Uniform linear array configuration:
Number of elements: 8
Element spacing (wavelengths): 0.25
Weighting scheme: exponential
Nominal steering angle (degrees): -45
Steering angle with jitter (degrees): -46.361
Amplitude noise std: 0.05
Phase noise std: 0.05

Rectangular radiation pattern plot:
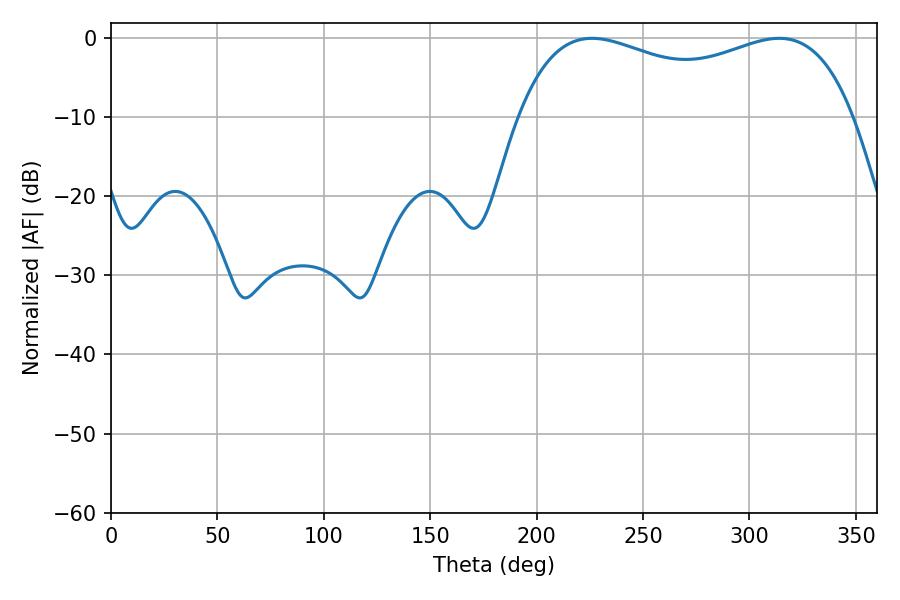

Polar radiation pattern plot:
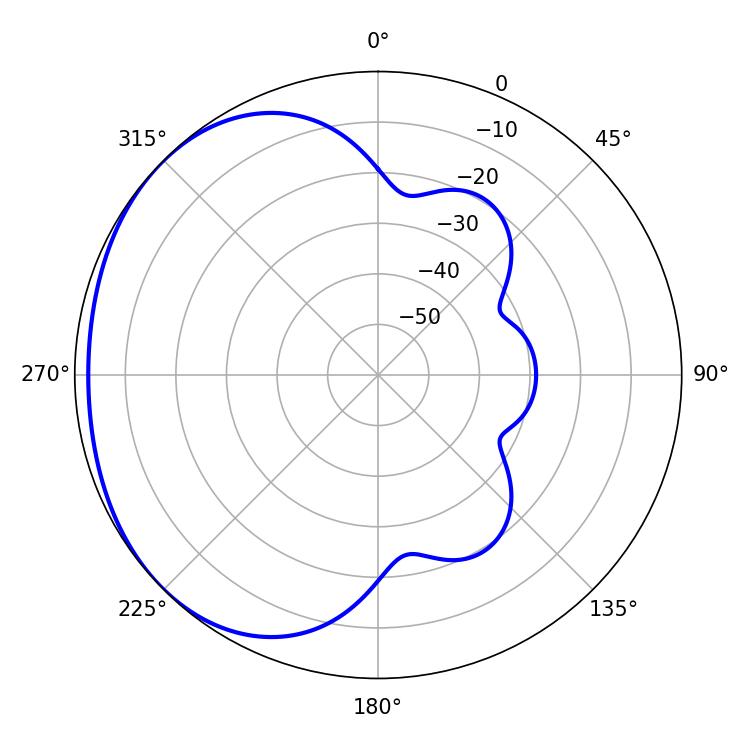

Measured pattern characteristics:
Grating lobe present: FALSE
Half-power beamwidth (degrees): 129.6
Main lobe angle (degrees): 226.08